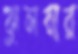
ঝুলবার